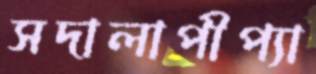
সদালাপীপ্যা